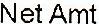
NET AMT